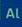
al